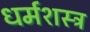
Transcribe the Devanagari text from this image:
धर्मशस्त्र